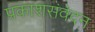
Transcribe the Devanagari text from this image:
प्रकाशसंवेदन